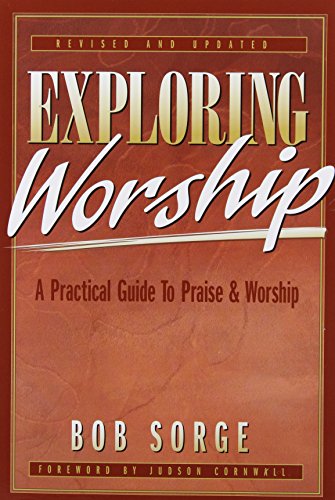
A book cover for Exploring Worship: A Practical Guide to Praise & Worship; Bob Sorge; Christian Books & Bibles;